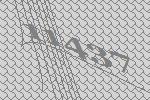
11437